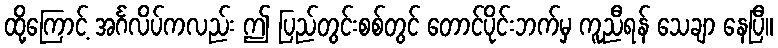
ထို့ကြောင့် အင်္ဂလိပ်ကလည်း ဤ ပြည်တွင်းစစ်တွင် တောင်ပိုင်းဘက်မှ ကူညီရန် သေချာ နေပြီ။